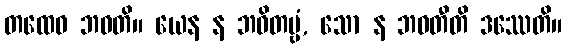
တထေဝ ဘဝတိ။ ယေန န ဘဝိတဗ္ဗံ, သော န ဘဝတီတိ ဒဿေတိ။